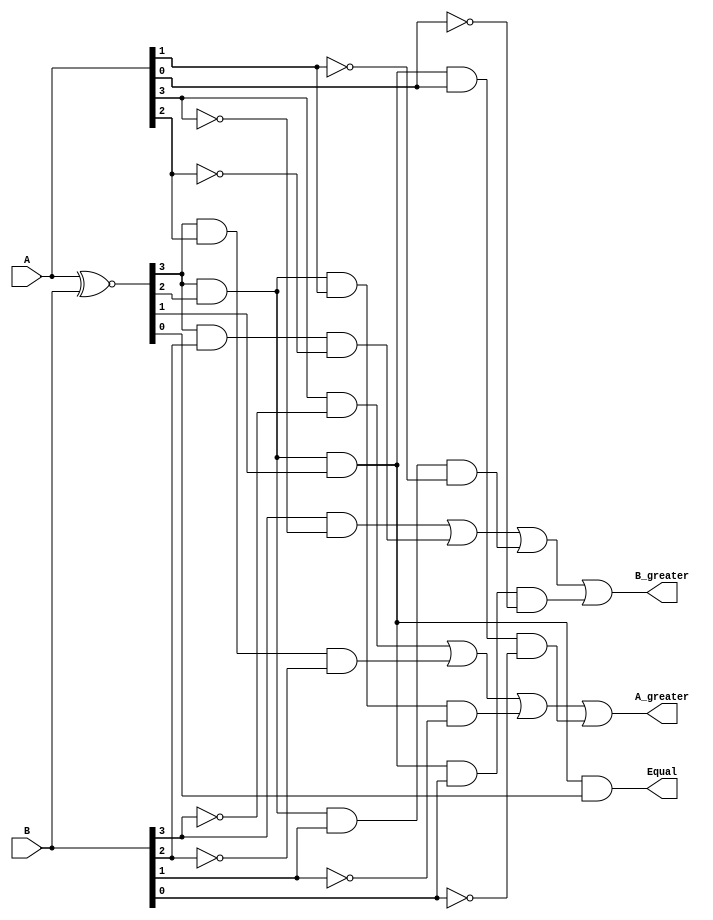
`timescale 1ns / 1ps
//////////////////////////////////////////////////////////////////////////////////
// Company: 
// Engineer: 
// 
// Design Name: 
// Module Name: MagComp4bit
// Project Name: 
// Target Devices: 
// Tool Versions: 
// Description: 
// 
// Dependencies: 
// 
// Revision:
// Revision 0.01 - File Created
// Additional Comments:
// 
//////////////////////////////////////////////////////////////////////////////////


module MagComp4bit(
    input [3:0] A,
    input [3:0] B,
    output Equal,
    output A_greater,
    output B_greater
    );
    wire [3:0] x;
    assign x = A ~^ B;
    assign Equal = x[3] & x[2] & x[1] & x[0];
    assign A_greater = A[3]&(~B[3]) | x[3]&A[2]&(~B[2]) | x[3]&x[2]&A[1]&(~B[1]) | x[3]&x[2]&x[1]&A[0]&(~B[0]);
    assign B_greater = B[3]&(~A[3]) | x[3]&B[2]&(~A[2]) | x[3]&x[2]&B[1]&(~A[1]) | x[3]&x[2]&x[1]&B[0]&(~A[0]);
endmodule